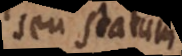
seu statui